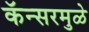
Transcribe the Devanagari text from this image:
कॅन्सरमुळे